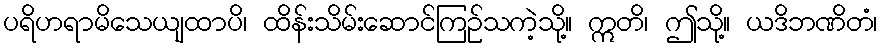
ပရိဟရာမိသေယျထာပိ၊ ထိန်းသိမ်းဆောင်ကြဉ်သကဲ့သို့။ ဣတိ၊ ဤသို့။ ယဒိဘဏိတံ၊